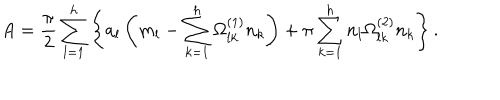
A = { \frac { \pi } { 2 } } \sum _ { l = 1 } ^ { h } \left\{ a _ { l } \left( m _ { l } - \sum _ { k = 1 } ^ { h } \Omega _ { l k } ^ { ( 1 ) } n _ { k } \right) + \pi \sum _ { k = 1 } ^ { h } n _ { l } \Omega _ { l k } ^ { ( 2 ) } n _ { k } \right\} .